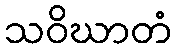
သဝိဃာတံ